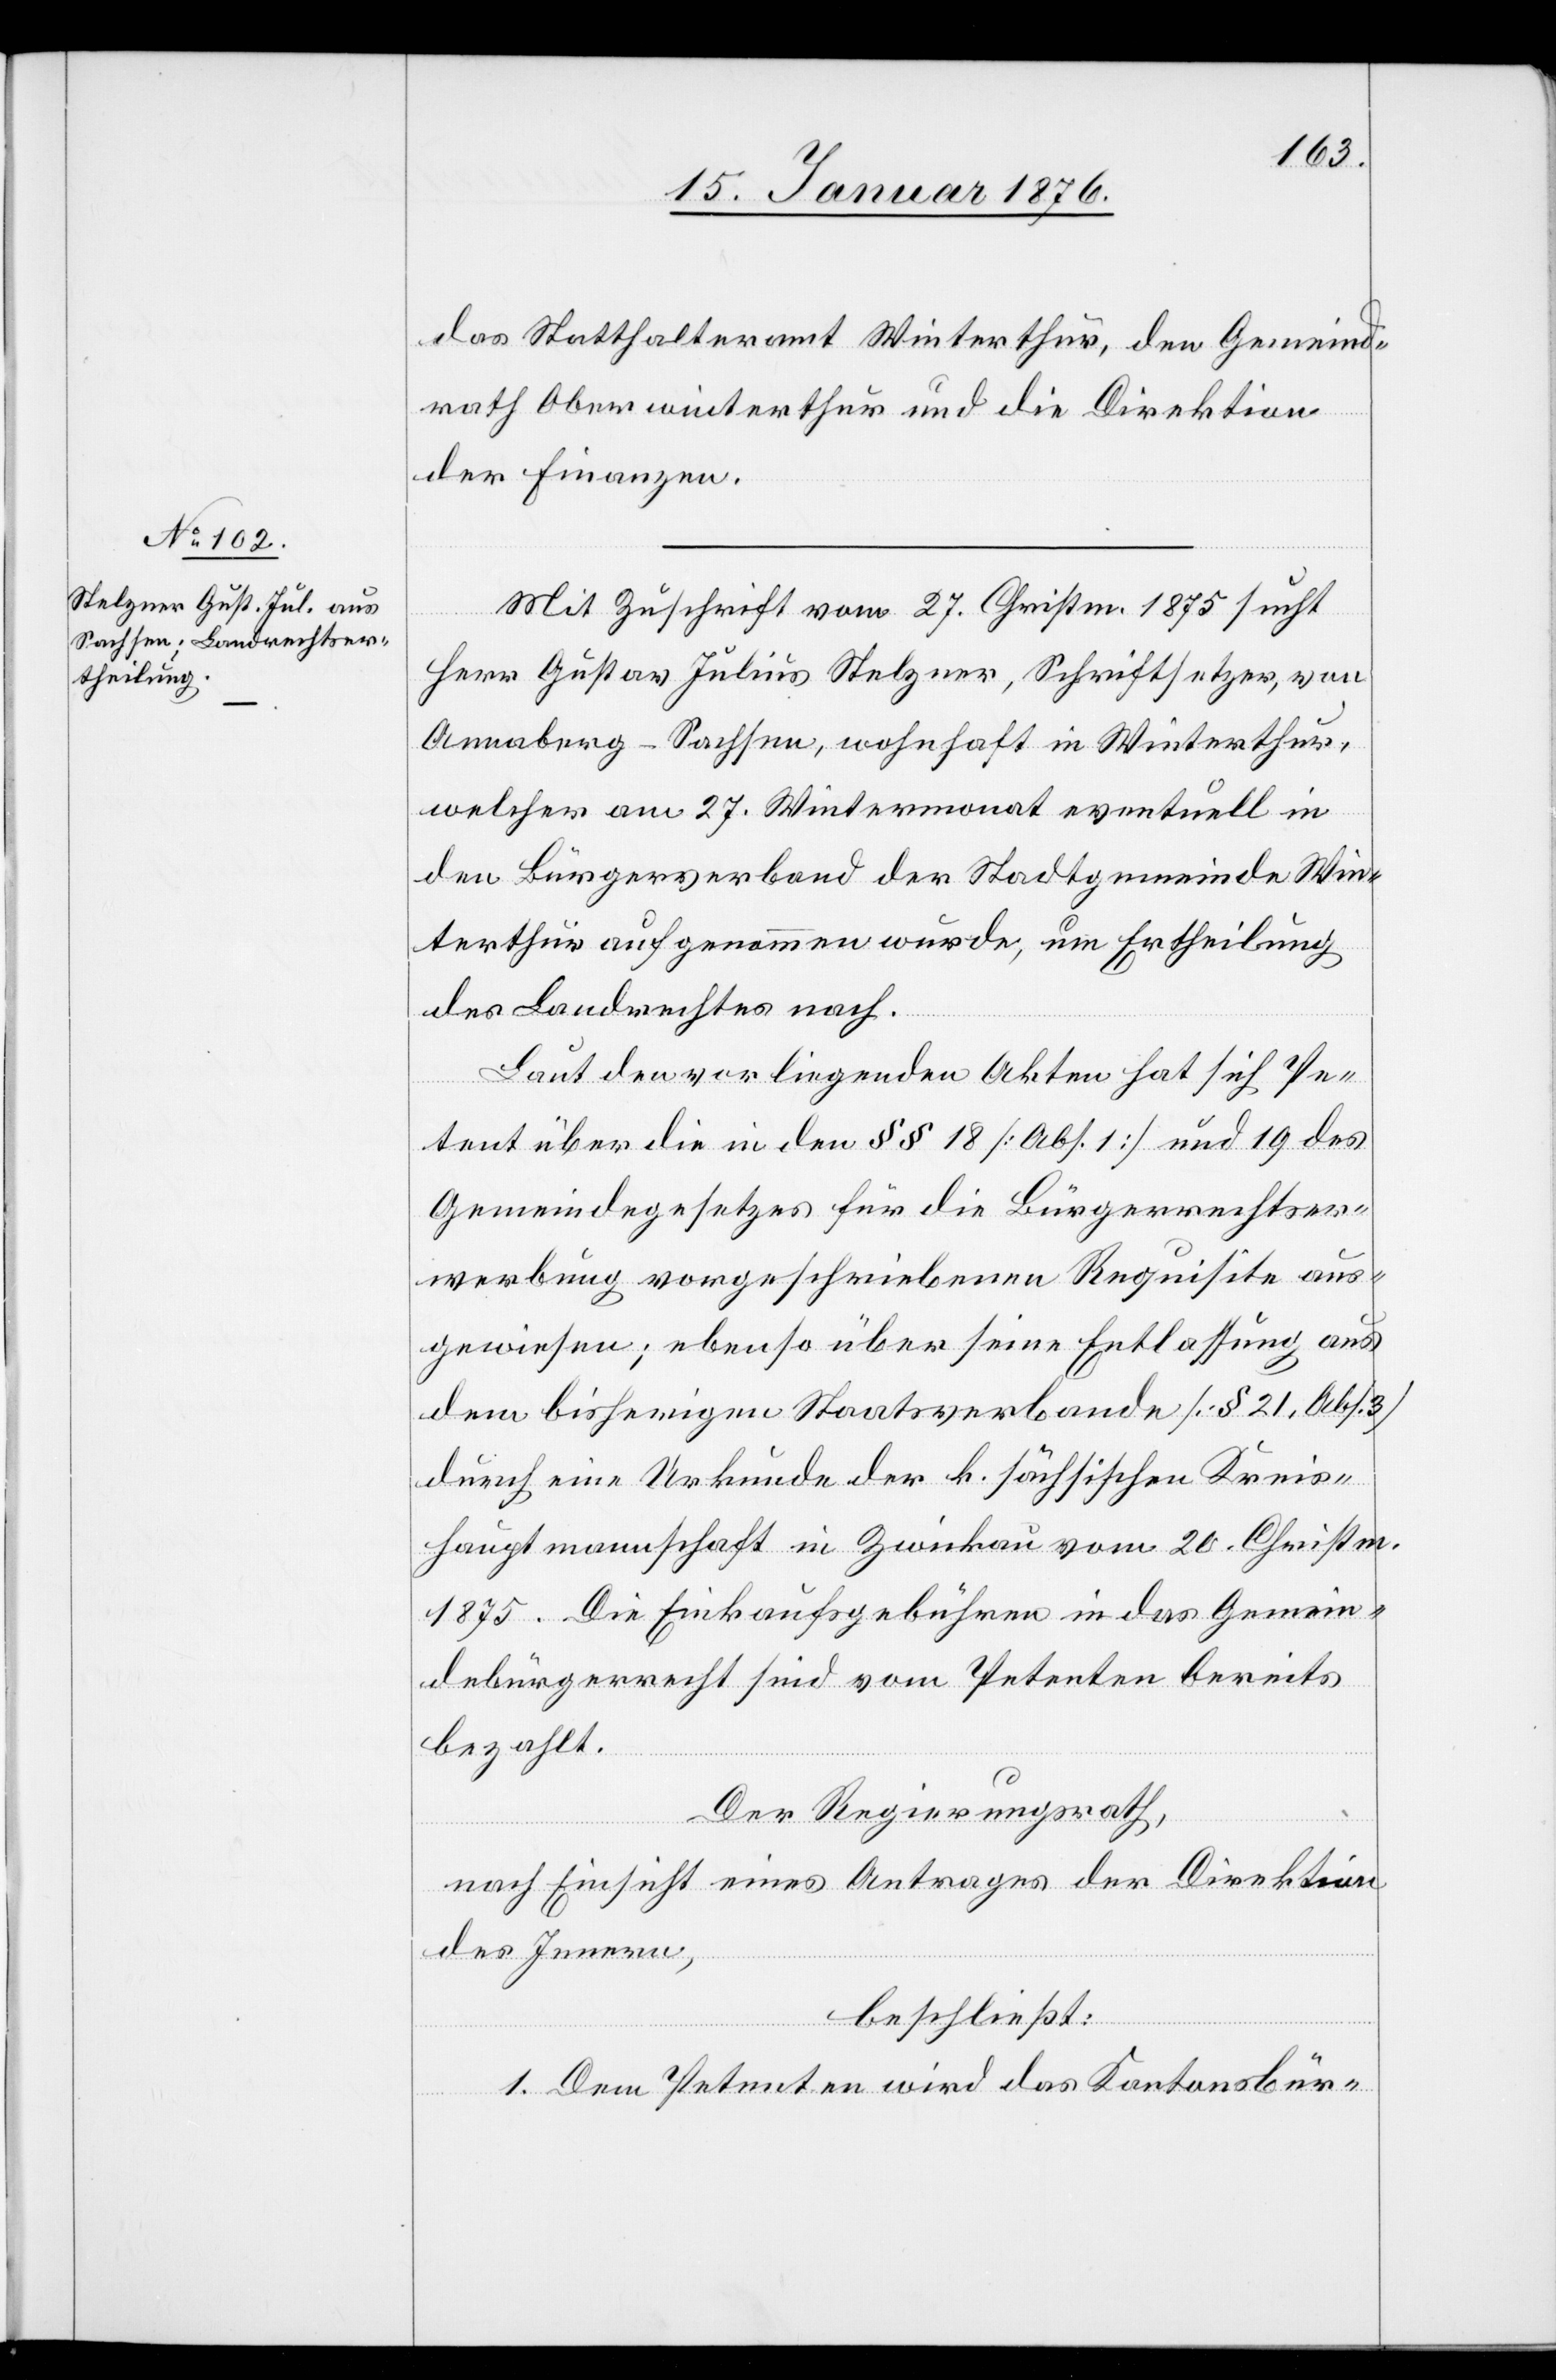
das Statthalteramt Winterthur, den Gemeind¬
rath Oberwinterthur und die Direktion
der Finanzen.
Mit Zuschrift vom 27. Christm. 1875 sucht
Herr Gustav Julius Stelzner, Schriftsetzer, von
Annaberg – Sachen, wohnhaft in Winterthur,
welcher am 27. Wintermonat eventuell in
den Bürgerverband der Stadtgemeinde Win¬
terthur aufgenommen wurde, um Ertheilung
des Landrechts nach.
Laut den vorliegenden Akten hat sich Pe¬
tent über die in den §§ 18 [Abs. 1] und 19 des
Gemeindegesetzes für die Bürgerrechtser¬
werbung vorgeschriebenen Requisite aus¬
gewiesen; ebenso über seine Entlassung aus
dem bisherigen Staatsverbande [§ 21. Abs. 3]
durch eine Urkunde der k. sächsischen Kreis¬
hauptmannschaft in Zwickau vom 20. Christm.
1875. Die Einkaufsgebühren in das Gemein¬
debürgerrecht sind vom Petenten bereits
bezahlt.
Der Regierungsrath,
nach Einsicht eines Antrages der Direktion
des Innern,
beschließt:
1. Dem Petenten wird das Kantonsbür-